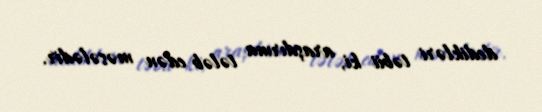
dedikləri təbii ki, araşdırma tələb edən məsələdir.